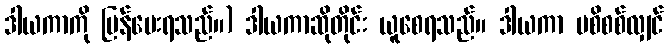
ဒါယကာကို ပြန်ပေးရသည်။) ဒါယကာဆိုတိုင်း ယူစေရသည်။ ဒါယကာ မစိစစ်လျှင်